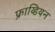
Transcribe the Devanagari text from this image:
फ्राय्डियन